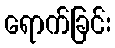
ရောက်ခြင်း